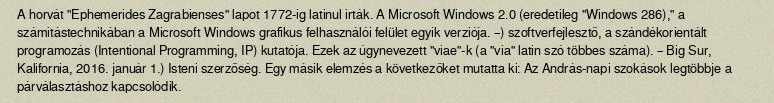
A horvát "Ephemerides Zagrabienses" lapot 1772-ig latinul írták. A Microsoft Windows 2.0 (eredetileg "Windows 286)," a számítástechnikában a Microsoft Windows grafikus felhasználói felület egyik verziója. –) szoftverfejlesztő, a szándékorientált programozás (Intentional Programming, IP) kutatója. Ezek az úgynevezett "viae"-k (a "via" latin szó többes száma). – Big Sur, Kalifornia, 2016. január 1.) Isteni szerzőség. Egy másik elemzés a következőket mutatta ki: Az András-napi szokások legtöbbje a párválasztáshoz kapcsolódik.